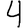
Digit: 4